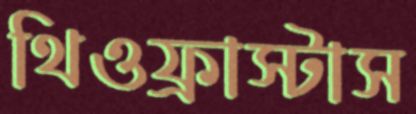
থিওফ্রাস্টাস